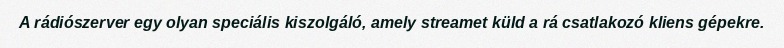
A rádiószerver egy olyan speciális kiszolgáló, amely streamet küld a rá csatlakozó kliens gépekre.